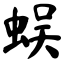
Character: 蜈